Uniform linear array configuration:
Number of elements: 64
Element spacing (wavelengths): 1
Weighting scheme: blackman
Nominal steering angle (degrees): -60
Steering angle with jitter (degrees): -59.772
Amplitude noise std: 0.05
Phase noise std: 0.05

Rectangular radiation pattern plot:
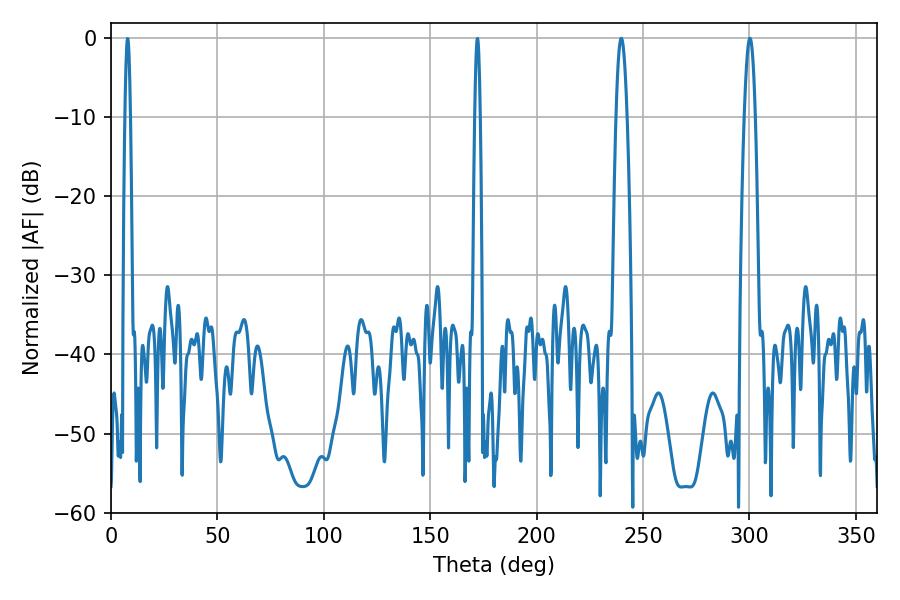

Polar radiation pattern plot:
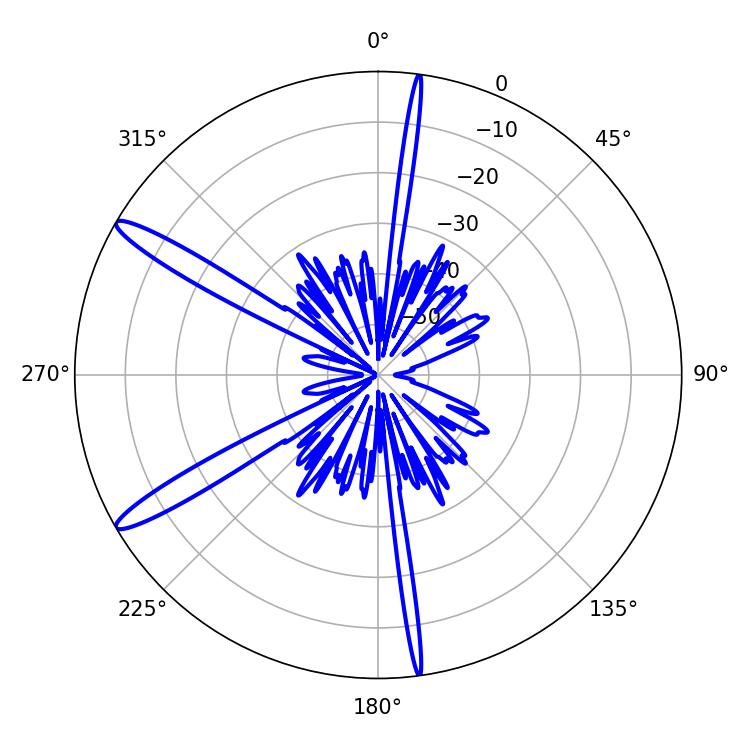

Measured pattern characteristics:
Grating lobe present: TRUE
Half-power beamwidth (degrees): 2.7
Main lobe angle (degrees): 239.76